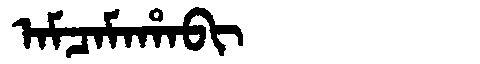
Manchu: ᠠᠮᠴᠠᠮᠠᡥᠠᠪᡳ
Romanization: AMCAMAHABI